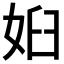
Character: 𱙐